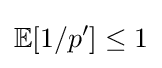
\mathbb {E} [1/p^{\prime }]\leq 1